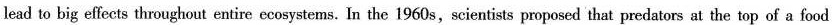
lead to big effects throughout entire ccosystems. In the 1960 s, scientists proposed that predators at the top of a food